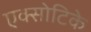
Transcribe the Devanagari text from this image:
एक्सोटिके